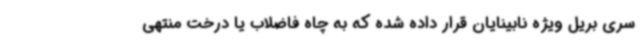
سری بریل ویژه نابینایان قرار داده شده که به چاه فاضلاب یا درخت منتهی